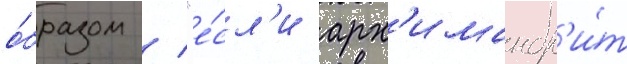
о́бразом / "е́сл'и арх'имандр'и́т